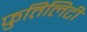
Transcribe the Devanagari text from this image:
फुतिलिटी